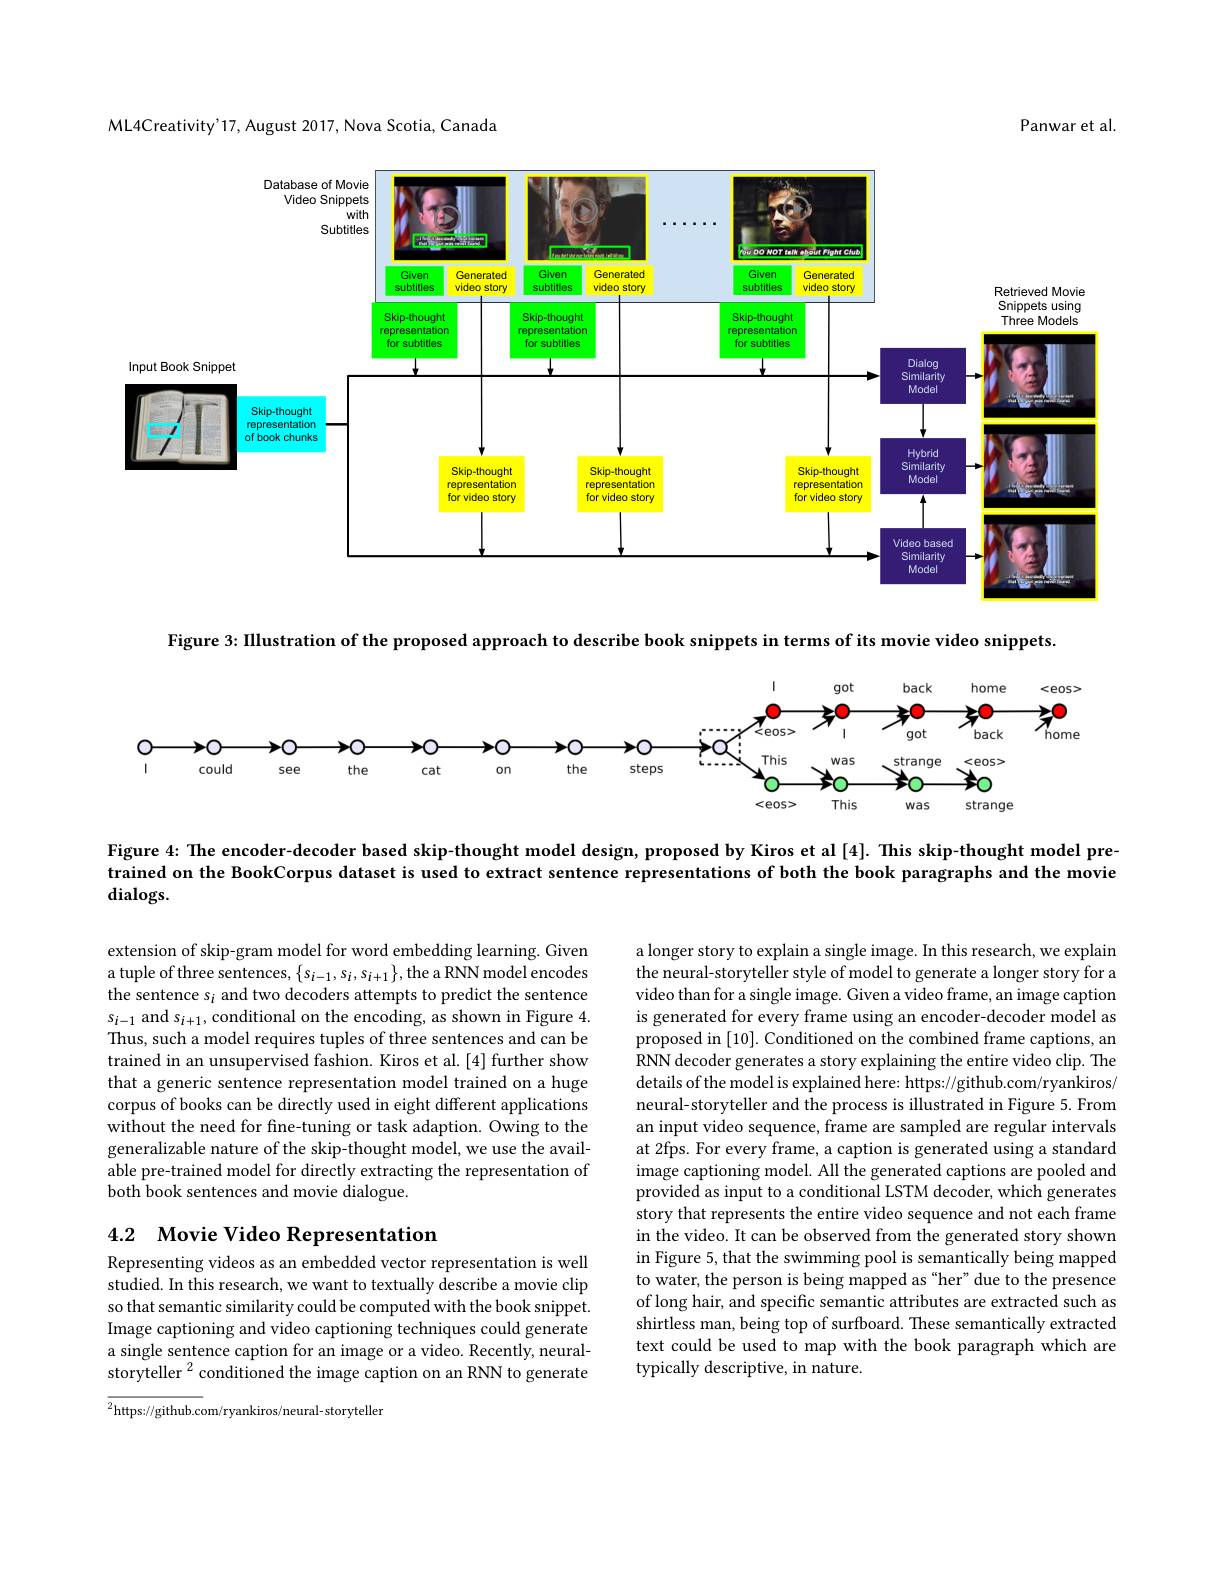
ML4Creativity'17, August 2017, Nova Scotia, Canada

Panwar et al.

<FigureHere>

<FigureHere>

Figure 4: The encoder-decoder based skip-thought model design, proposed by Kiros et al [4]. This skip-thought model pre-

trained on the BookCorpus dataset is used to extract sentence representations of both the book paragraphs and the movie

dialogs.

extension of skip-gram model for word embedding learning. Given a tuple of three sentences, $\{s_i-1,s_i,s_{i+1}\}$, the a RNN model encodes the sentence s$_i$ and two decoders attempts to predict the sentence $s_{i-1}$ and $s_i+1$, conditional on the encoding, as shown in Figure 4. Thus, such a model requires tuples of three sentences and can be trained in an unsupervised fashion. Kiros et al. [4] further show that a generic sentence representation model trained on a huge corpus of books can be directly used in eight different applications without the need for fine-tuning or task adaption. Owing to the generalizable nature of the skip-thought model, we use the available pre-trained model for directly extracting the representation of both book sentences and movie dialogue.

a longer story to explain a single image. In this research, we explain the neural-storyteller style of model to generate a longer story for a video than for a single image. Given a video frame, an image caption is generated for every frame using an encoder-decoder model as proposed in [10]. Conditioned on the combined frame captions, an RNN decoder generates a story explaining the entire video clip. The details of the model is explained here: https://github.com/ryankiros/ neural-storyteller and the process is illustrated in Figure 5. From an input video sequence, frame are sampled are regular intervals at 2fps. For every frame, a caption is generated using a standard image captioning model. All the generated captions are pooled and provided as input to a conditional LSTM decoder, which generates story that represents the entire video sequence and not each frame in the video. It can be observed from the generated story shown in Figure 5, that the swimming pool is semantically being mapped to water, the person is being mapped as "her" due to the presence of long hair, and specific semantic attributes are extracted such as shirtless man, being top of surfboard. These semantically extracted text could be used to map with the book paragraph which are typically descriptive, in nature.

## 4.2 Movie Video Representation

Representing videos as an embedded vector representation is well studied. In this research, we want to textually describe a movie clip so that semantic similarity could be computed with the book snippet. Image captioning and video captioning techniques could generate a single sentence caption for an image or a video. Recently, neuralstoryteller $^2$conditioned the image caption on an RNN to generate

${\overline{{^2}\text{https://github.com/ryankiros/neural-storyteller}}}$